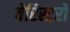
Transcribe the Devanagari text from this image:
वेरिस्टरों